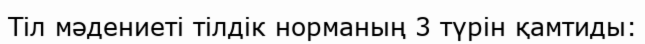
Тіл мәдениеті тілдік норманың 3 түрін қамтиды: